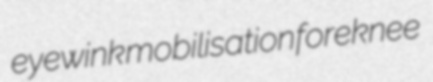
eyewink mobilisation foreknee